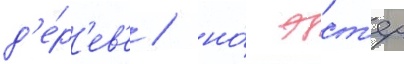
д'е́р'ев'е / но́ эст'ер